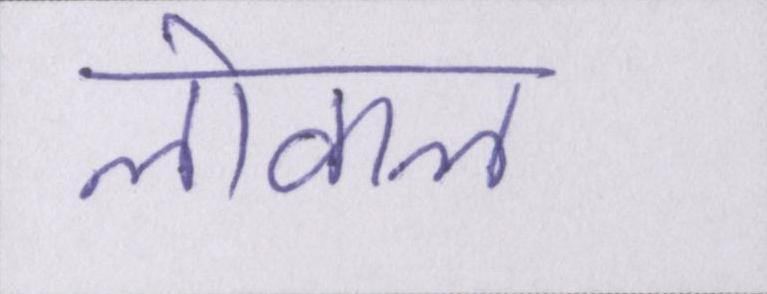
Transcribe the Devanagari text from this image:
लोकल